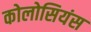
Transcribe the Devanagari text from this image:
कोलोसियंस